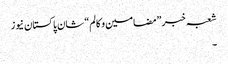
شعبہ خبر ”مضامین و کالم“ شان پاکستان نیوز
۔